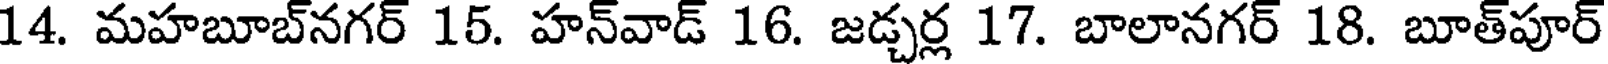
14. మహబూబ్నగర్ 15. హన్వాడ్ 16. జడ్చర్ల 17. బాలానగర్ 18. బూత్పూర్